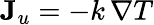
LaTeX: \mathbf{J}_{u}=-k\, \nabla T